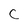
Character: C